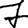
Digit: 7